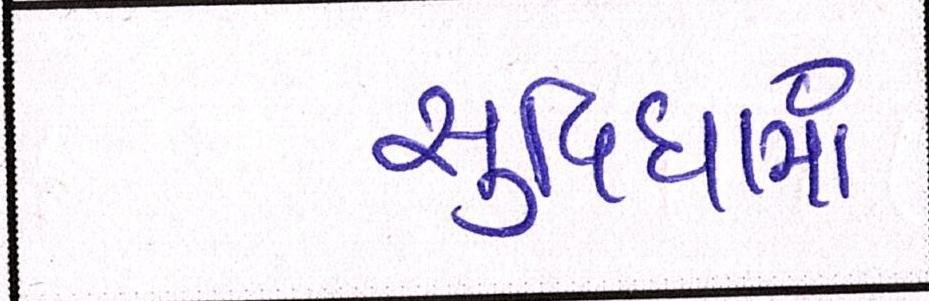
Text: સુવિધામાં